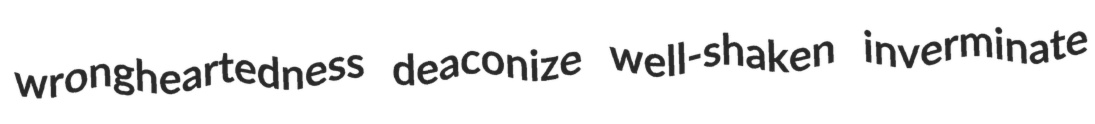
wrongheartedness deaconize well-shaken inverminate